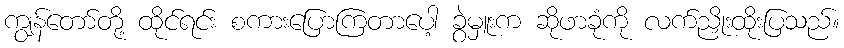
ကျွန်တော်တို့ ထိုင်ရင်း စကားပြောကြတာပေါ့ ခွဲမှူးက ဆိုဖာခုံကို လက်ညှိုးထိုးပြသည်။